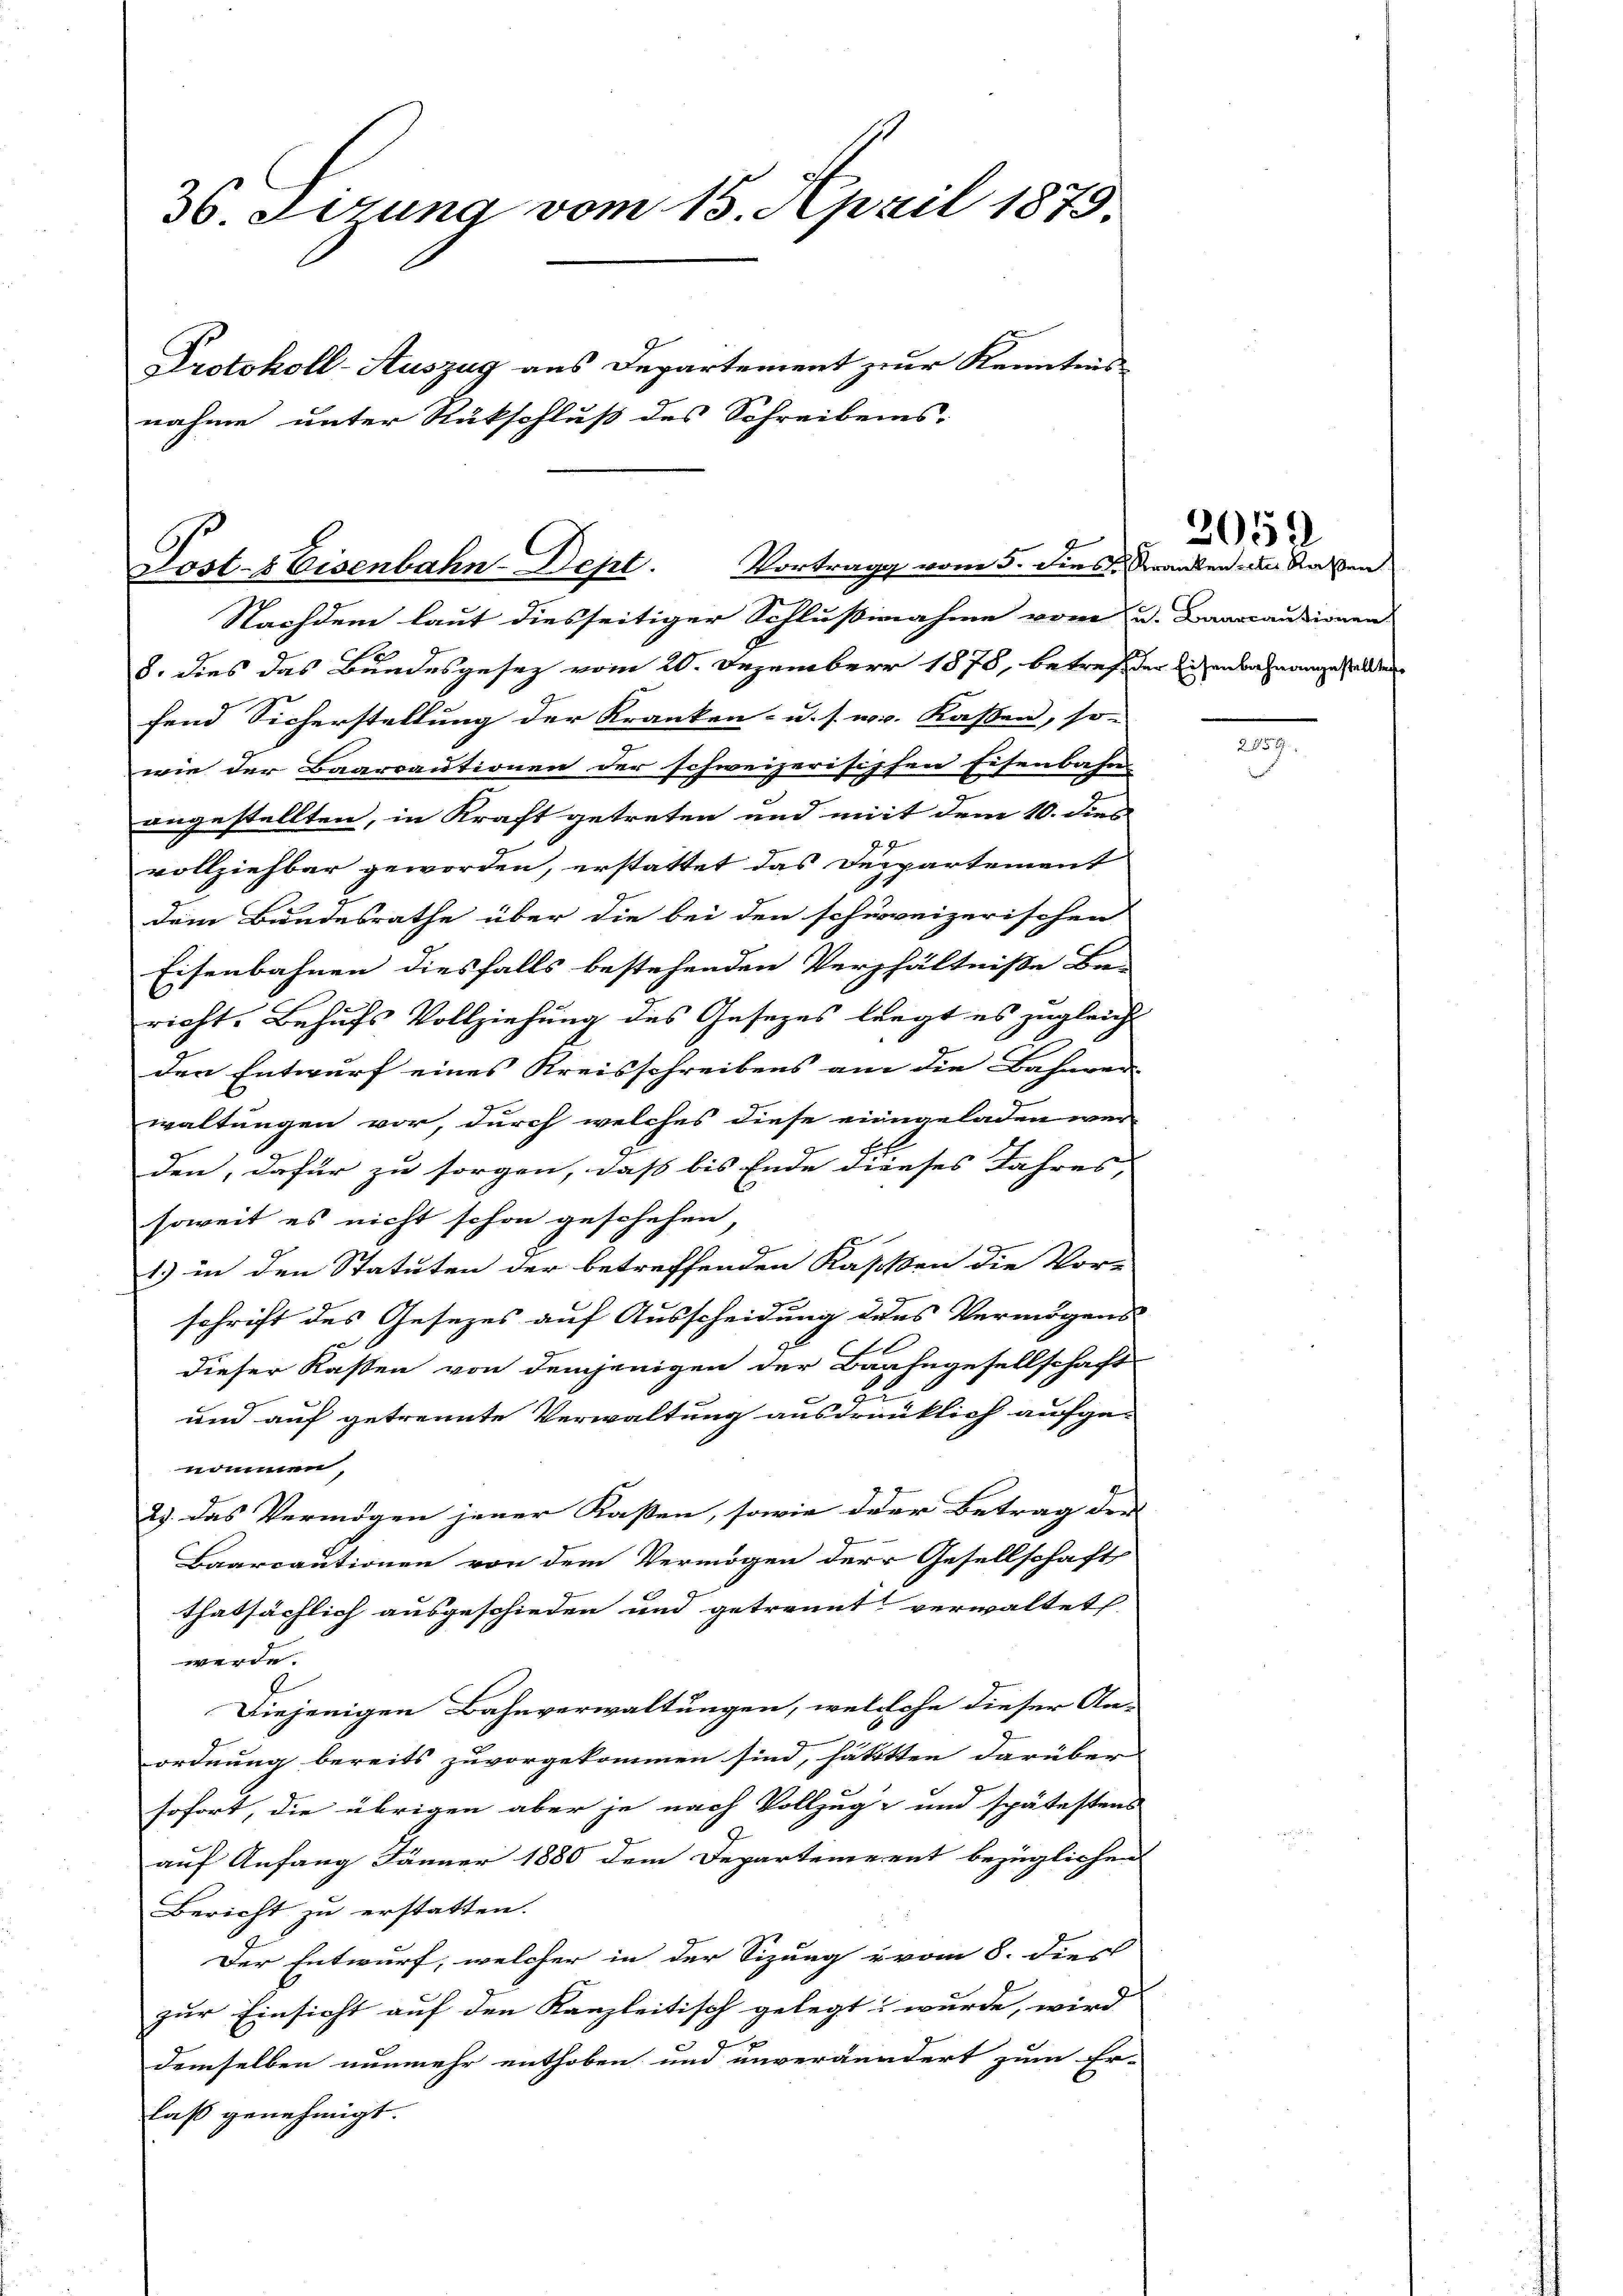
36. Lesung vom 15. April 1879.
Protokoll-Auszug aus Departement zur Kenntnis
nahme unter Rückschluß des Schreibens.

Post- & Eisenbahn-Dept. Vortrag vom 5. dies Stranken des Rathen

Nachdem laut diesseitiger Schlußnahme von u. Banacauzionen
8. Dies das Bundesgesez vom 20. Dezember 1878, betreff der Eisenbahnangestellten
fend Sicherstellung der Kranken- u. s. w. Kassen, so
wie der Baarcautionen der schweizerischsen Eisenbahn
angestellten, in Kraft getreten und mit dem 10. dies
29
vollziehbar geworden, erstattet das Departement
dem Bundesrathe über die bei den schweizerischen
Eisenbahnen diesfalls bestehenden Verhältnisse Be-
richt. Behufs Vollziehung des Gesezes liegt es zugleich
den Entwurf eines Kreisschreibens am die Bahnver-
waltungen vor, durch welches diese eingeladen war
den, dafür zu sorgen, dass bis Ende dieses Jahres, |
soweit es nicht schon geschehen,
1.) in den Statuten der betreffenden Kassen die Vor-
schrift des Gesezes auf Ausscheidung des Vermögens
dieser Kassen von demjenigen der Baahngesellschaft
Zu
und auf getrennte Verwaltung ausdrücklich aufge-
nommen,
2). Das Vermögen jener Kassen, sowie der Betrag der
Baarcautionen von dem Vermögen der Gesellschaft
thatsächlich ausgeschieden und getrennt verwaltet.
werde.
Diejenigen Bahnverwaltungen, welchehe dieser An-
ordnung bereits zuvorgekommen sind, hättten darüber
sofort, die übrigen aber je nach Vollzug und spätestens
auf Anfang Jänner 1880 dem Departement bezüglichen
Bericht zu erstatten.
Der Entwurf, welcher in der Sizung u vom 8. dies
zur Einsicht auf den Kanzleitisch gelegt wurde, wird
demselben nunmehr enthoben und unverändert zum Er-
laß genehmigt.

2052

e